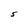
Character: S